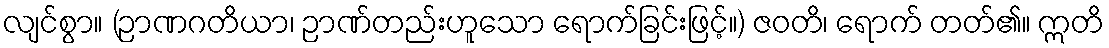
လျင်စွာ။ (ဉာဏဂတိယာ၊ ဉာဏ်တည်းဟူသော ရောက်ခြင်းဖြင့်။) ဇဝတိ၊ ရောက် တတ်၏။ ဣတိ